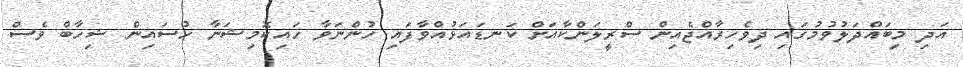
އަދި މިބައްދަލުވުމުގައި ދިވެހިރާއްޖެއިން ސްރީލަންކާއަށް ކަނޑައަޅުއްވާފައި ހުންނަވާ ހައިކޮމިޝަނާ ހުސައިން ޝިހާބް ވެސް